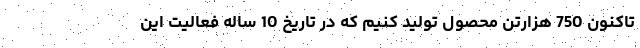
تاکنون 750 هزارتن محصول توليد كنيم كه در تاريخ 10 ساله فعالیت اين